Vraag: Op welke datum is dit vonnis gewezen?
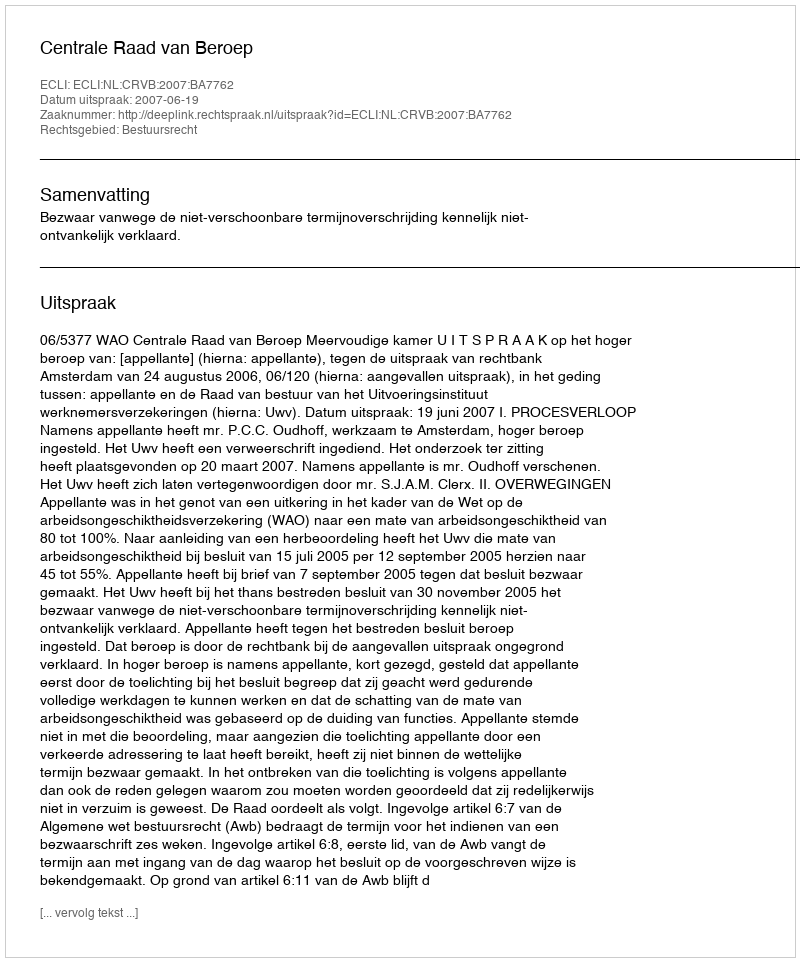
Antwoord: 2007-06-19